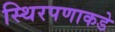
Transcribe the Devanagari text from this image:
स्थिरपणाकडे